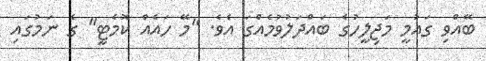
ބޭއްވި ގައުމީ މަޖިލީހުގެ ބައްދަލުވުމެެއްގަ އެވެ. "މޭ ހައެއް ކޮމެޓީ" ގެ ނަމުގައި